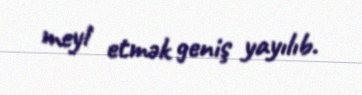
meyl etmək geniş yayılıb.